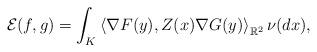
LaTeX: \begin{align*}\mathcal{E}(f,g)=\int_K\left\langle \nabla F(y), Z(x)\nabla G(y)\right\rangle_{\mathbb{R}^2} \nu(dx),\end{align*}